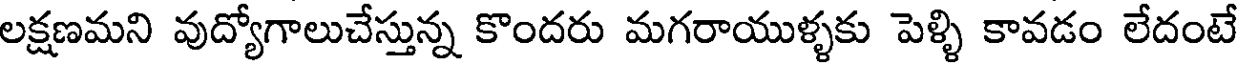
లక్షణమని వుద్యోగాలుచేస్తున్న కొందరు మగరాయుళ్ళకు పెళ్ళి కావడం లేదంటే